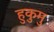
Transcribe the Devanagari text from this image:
हुकुमु